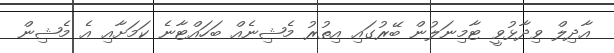
އާދިލް ވިދާޅުވީ ޓާމިނަލުން ބޭރުގައި އިތުރު މެޝިނެއް ބަހައްޓާނެ ކަމަށާއި އެ މެޝިން